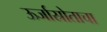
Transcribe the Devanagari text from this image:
ऊर्जास्रोताचा